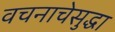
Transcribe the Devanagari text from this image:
वचनाचेसुद्धा